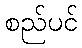
စည်ပင်